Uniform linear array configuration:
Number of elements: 4
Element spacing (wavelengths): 0.5
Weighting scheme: hamming
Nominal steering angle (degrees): -30
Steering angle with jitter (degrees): -31.225
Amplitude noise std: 0.05
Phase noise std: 0.05

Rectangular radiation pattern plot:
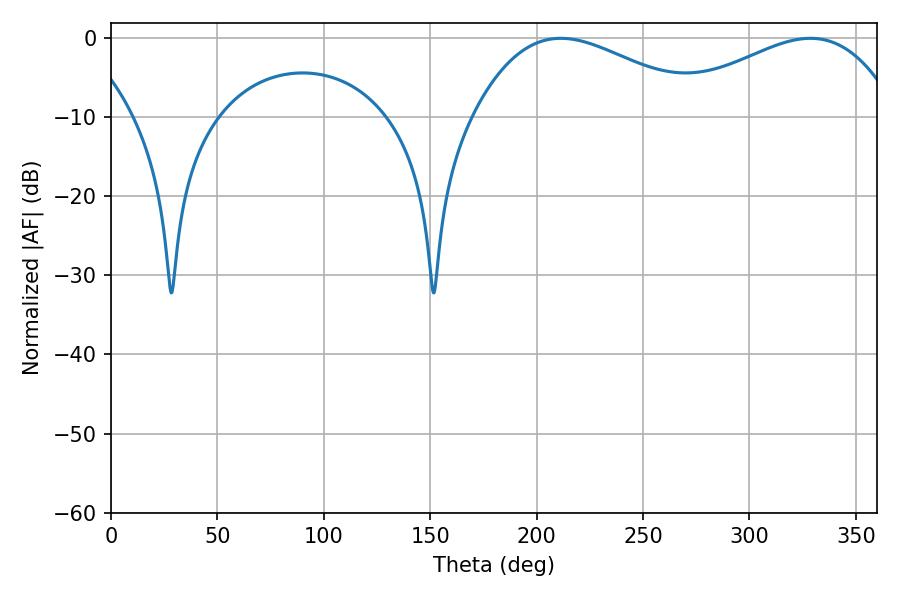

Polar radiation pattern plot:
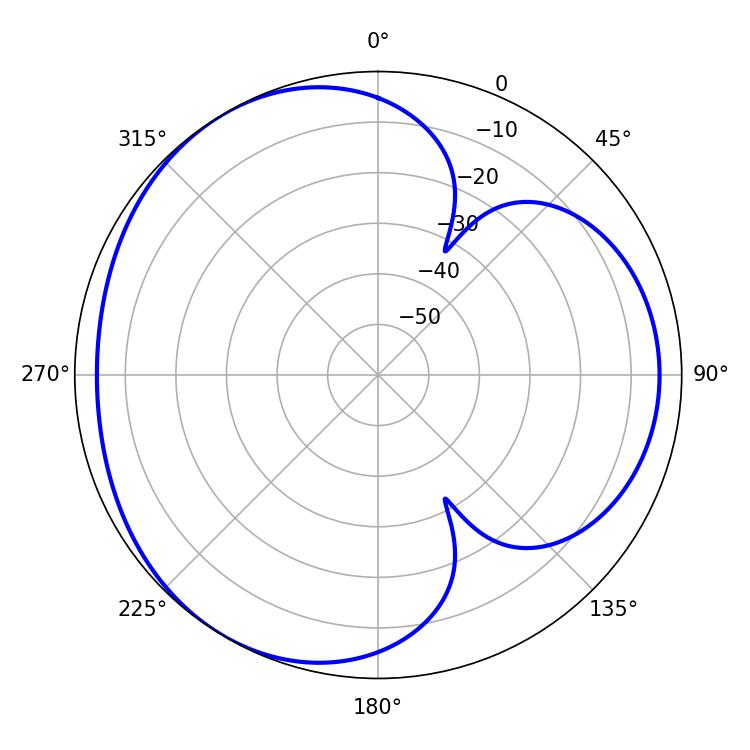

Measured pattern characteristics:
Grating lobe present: FALSE
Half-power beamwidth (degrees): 59.58
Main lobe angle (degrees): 211.32